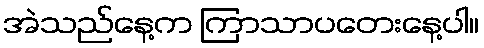
အဲသည်နေ့က ကြာသာပတေးနေ့ပါ။